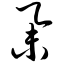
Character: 举